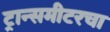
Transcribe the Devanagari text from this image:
ट्रान्समीटरचा